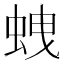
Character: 𧊣